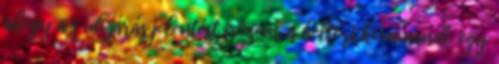
ahogy az időjárás jelentést nézem, a beltéri kommandó egy